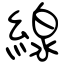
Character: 線